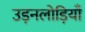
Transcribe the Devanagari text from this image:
उड़नलोड़ियाँ